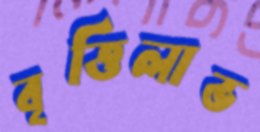
বৃত্তিলাভ